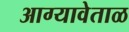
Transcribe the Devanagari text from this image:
आग्यावेताळ